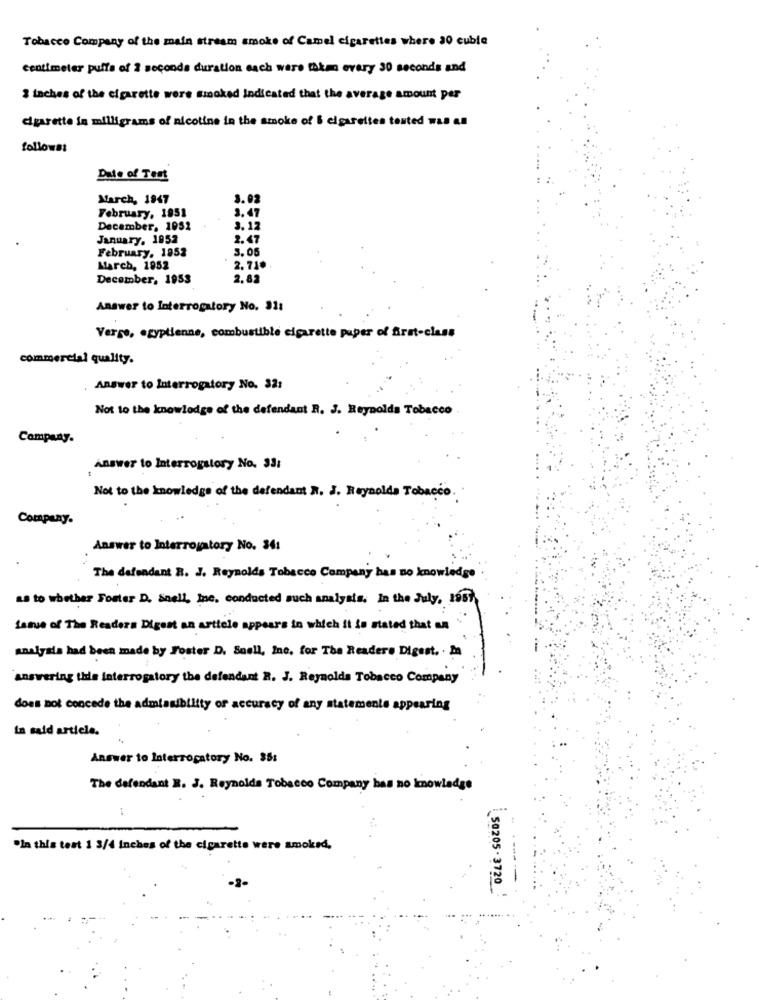
Tobacco Company of the main stream smoke of Camel cigarettes where 20 cuble
centimeter puffs of 2 seconds duration each were takm every 30 seconds and
3 inches of the cigarette were smoked Indicated that the average amount per
cigarette fa milligrams of nicotine in the smoke of & cigarettes touted was an
follows:
Date of Test
March, 1947
3.02
February, 1951
3.47
December, 1052
3.12
January, 1952
2.47
February. 1952
3.05
March, 1952
2.71.
December, 1953
2.82
Answer to Interrogatory No. 31:
Verre, egyptienne, combustible cigarette paper of first-class
commercial quality.
Answer to Interrogatory No. 32:
Not to the knowledge of the defendant R. J. Reynolds Tobacco
Company.
Answer to Interrogstory No. 33:
Not to the knowledge of the defendant A. J. Reynolds Tobacco.
Company.
Answer to Interrogatory No. 341
The defendant R. J. Reynolds Tobacco Company has no knowledge
as to whether Foster D. Soell, ine, conducted such analysts. in the July, 1957
Serve of The Readers Digest an article appears to which it is stated that an
analysis had been made by Foster D. Snell, Ine, for The Readers Digest. . In
answering this interrogatory the defendant R. J. Reynolds Tobacco Company
does not concede the admissibility of accuracy of any statements appearing
In said article.
Answer to Interrogatory No. 35:
The defendant E. J. Reynolds Tobacco Company has no knowledge
:
"In this test 1 3/4 inches of the cigarette were smoked,
-3-
50205 - 3720